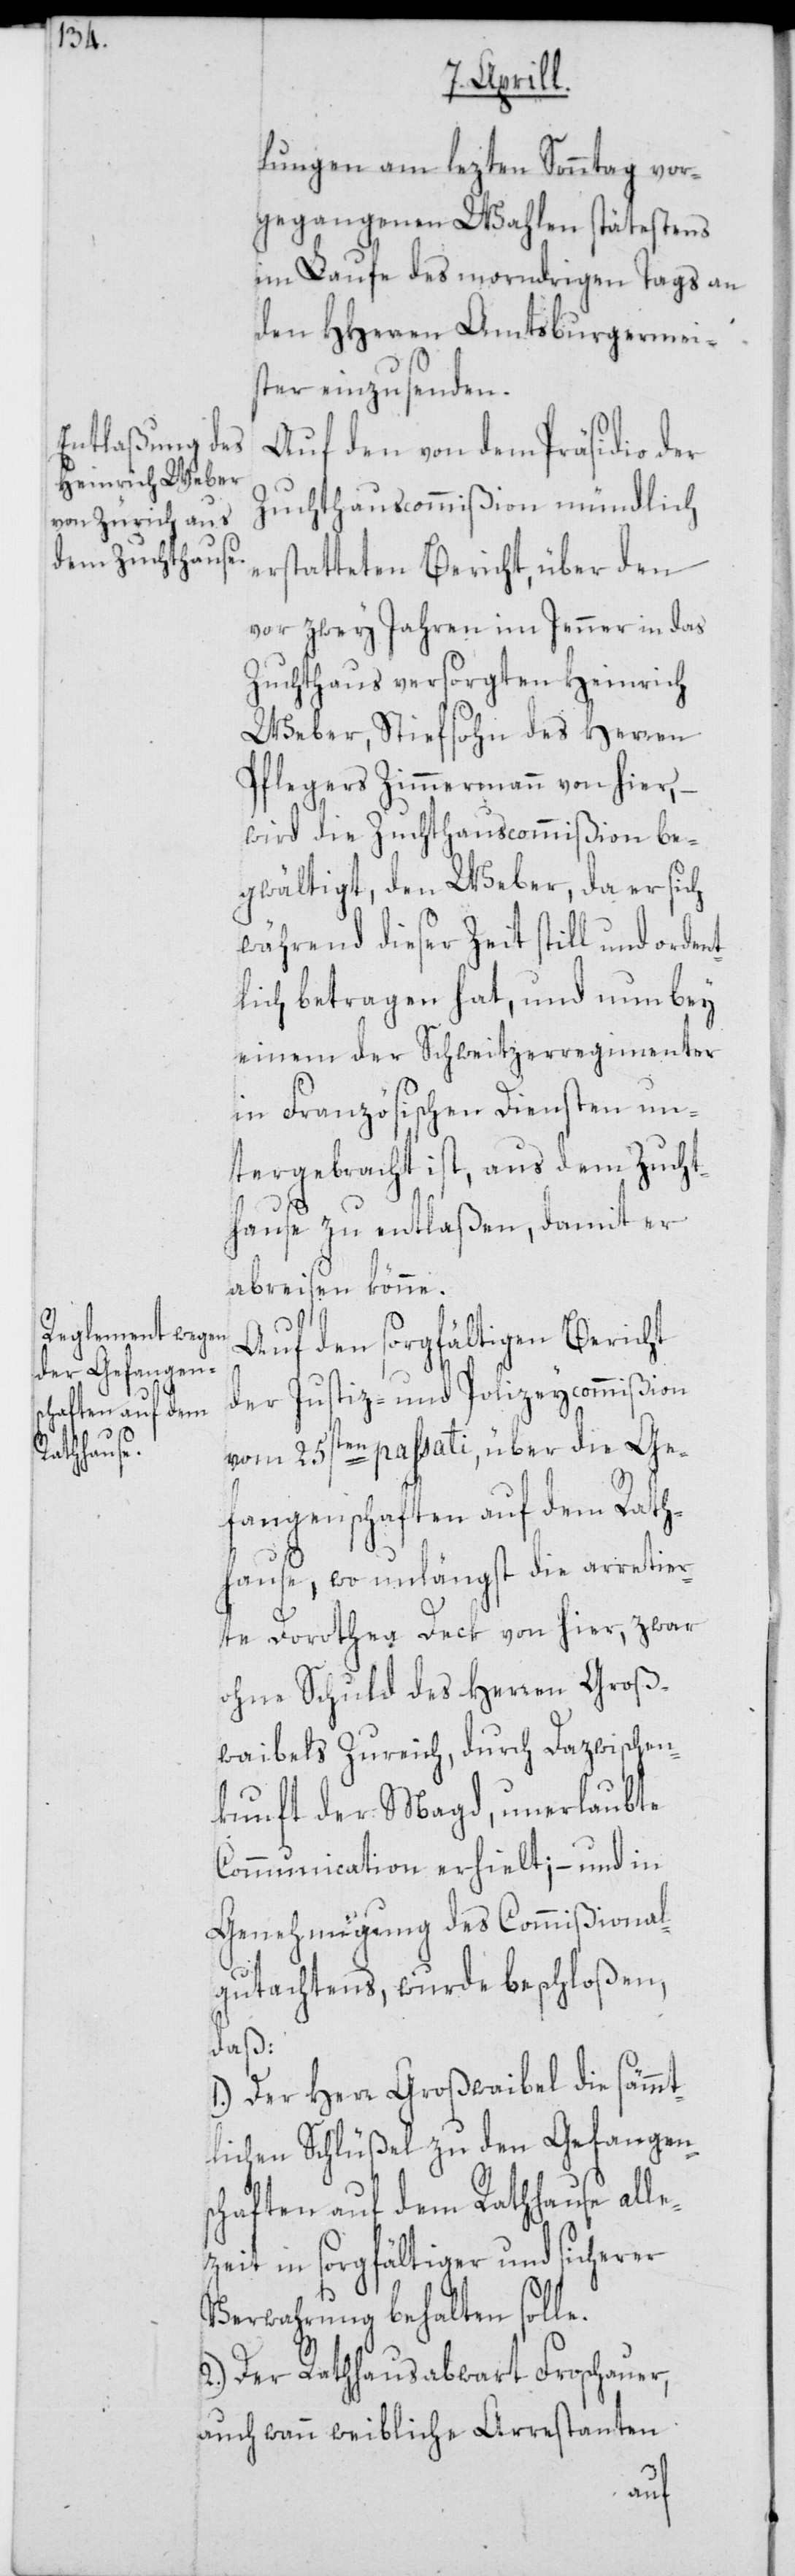
lungen am lezten Sonntag vor¬
gegangenen Wahlen spätestens
im Laufe des morndrigen Tags an
den HHerren Amtsburgermeis¬
ter einzusenden.
Auf den von dem Präsidio der
Zuchthauscommißion mündlich
erstatteten Bericht, über den
vor zwey Jahren im Jenner in das
Zuchthaus versorgten Heinrich
Weber, Stiefsohn des Herren
Pflegers Zimmermann von hier,
wird die Zuchthauscommißion be¬
gwältigt, den Weber, da er sich
während dieser Zeit still und ordent¬
lich betragen hat, und nun bey
einem der Schweitzerregimenter
in Französischen Diensten un¬
tergebracht ist, aus dem Zucht¬
hause zu entlaßen, damit er
abreisen könne.
Auf den sorgfältigen Bericht
der Justiz- und Polizeycommißion
vom 25sten passati, über die Ge¬
fangenschaften auf dem Rath¬
hause, wo unlängst die arretier¬
te Dorothea Deck von hier, zwar
ohne Schuld des Herren Groß¬
waibels Zureich, durch Dazwischen¬
kunft der Magd, unerlaubte
Communication erhielt; – und in
Genehmigung des Commißional¬
gutachtens, wurde beschloßen
daß:
1.) Der Herr Großwaibel die sämmt¬
lichen Schlüßel zu den Gefangen¬
schaften auf dem Rathhause alle¬
zeit in sorgfältiger und sicherer
Verwahrung behalten solle.
2.) Der Rathhausabwart Froschauer,
auch wann weibliche Arrestanten